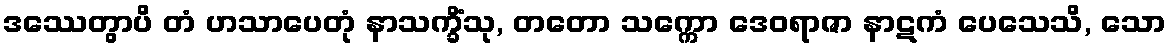
ဒဿေတွာပိ တံ ဟသာပေတုံ နာသက္ခိံသု, တတော သက္ကော ဒေဝရာဇာ နာဋကံ ပေသေသိ, သော